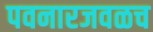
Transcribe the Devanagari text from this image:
पवनारजवळच